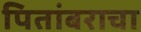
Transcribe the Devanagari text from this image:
पितांबराचा